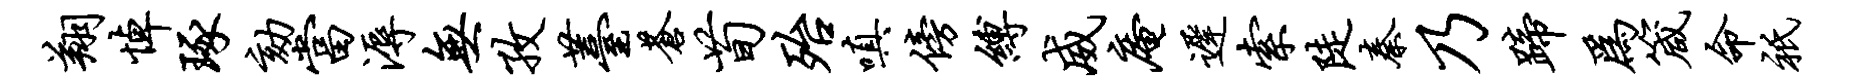
翔悼琢劾当溽无孜薹苍荀殆嗔傍缚威庵迟索陡秦乃蹄为箴命只